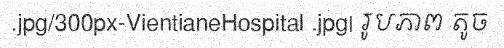
.jpg/300px-VientianeHospital .jpg| រូបភាព តូច